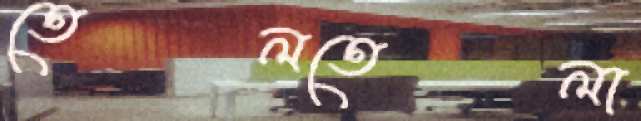
তেলতেলা